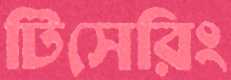
টিসেরিং